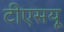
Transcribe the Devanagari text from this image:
टीएसयू